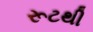
રૂટથી